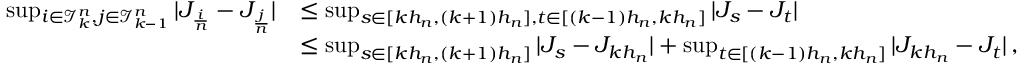
\begin{array} { r l } { \operatorname* { s u p } _ { \substack { i \in \mathcal { I } _ { k } ^ { n } , j \in \mathcal { I } _ { k - 1 } ^ { n } } } | J _ { \frac { i } { n } } - J _ { \frac { j } { n } } | } & { \le \operatorname* { s u p } _ { \substack { s \in [ k h _ { n } , ( k + 1 ) h _ { n } ] , t \in [ ( k - 1 ) h _ { n } , k h _ { n } ] } } | J _ { s } - J _ { t } | } \\ & { \le \operatorname* { s u p } _ { \substack { s \in [ k h _ { n } , ( k + 1 ) h _ { n } ] } } | J _ { s } - J _ { k h _ { n } } | + \operatorname* { s u p } _ { \substack { t \in [ ( k - 1 ) h _ { n } , k h _ { n } ] } } | J _ { k h _ { n } } - J _ { t } | \, , } \end{array}